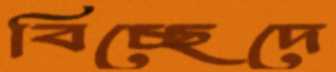
বিচ্ছেদে